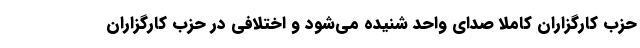
حزب کارگزاران کاملا صدای واحد شنیده می‌شود و اختلافی در حزب کارگزاران